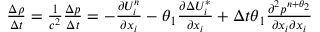
\begin{array} { r } { \frac { \Delta \rho } { \Delta t } = \frac { 1 } { { { c } ^ { 2 } } } \frac { \Delta p } { \Delta t } = - \frac { \partial U _ { i } ^ { n } } { \partial { { x } _ { i } } } - \theta _ { 1 } \frac { \partial \Delta U _ { i } ^ { * } } { \partial { { x } _ { i } } } + \Delta t \theta _ { 1 } \frac { { { \partial } ^ { 2 } } { { p } ^ { n + { { \theta } _ { 2 } } } } } { \partial { { x } _ { i } } \partial { { x } _ { i } } } } \end{array}